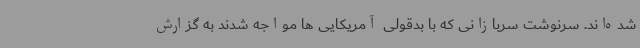
شده‌اند. سرنوشت سربازانی که با بدقولی آمریکایی ها مواجه شدند به گزارش